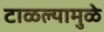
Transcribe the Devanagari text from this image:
टाळल्यामुळे